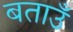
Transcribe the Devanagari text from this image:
बताउँ